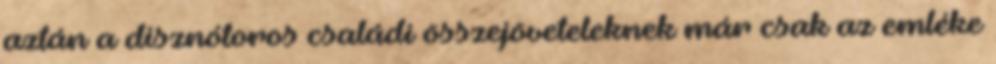
aztán a disznótoros családi összejöveteleknek már csak az emléke